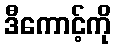
ဒီကောင့်ကို